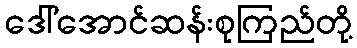
ဒေါ်အောင်ဆန်းစုကြည်တို့